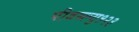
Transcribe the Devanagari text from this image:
पीडब्ल्यु१२३